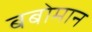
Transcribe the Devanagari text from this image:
बबोमान